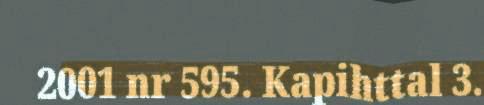
2001 nr 595. Kapihttal 3.